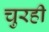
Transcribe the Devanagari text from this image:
चुरही